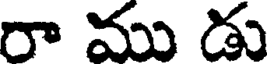
రా ము డు